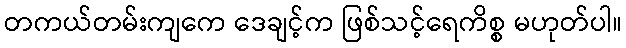
တကယ်တမ်းကျကေ ဒေချင့်က ဖြစ်သင့်ရေကိစ္စ မဟုတ်ပါ။